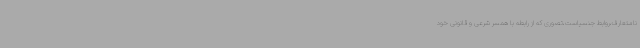
نامتعارف،روابط جنسیاست،تصوری که از رابطه با همسر شرعی و قانونی خود